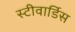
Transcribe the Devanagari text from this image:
स्‍टीवार्डिस